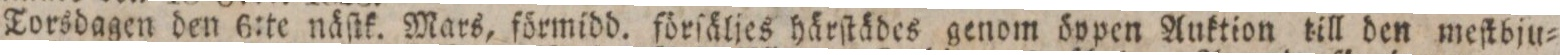
Torsdagen den 6:te näſtk. Mars, förmidd. förſäljes härſtädes genom öppen Auktion till den meſtbju=